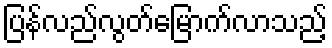
ပြန်လည်လွတ်မြောက်လာသည့်